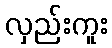
လှည်းကူး